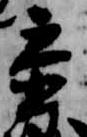
参